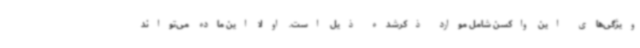
ویژگی‌های این واکسن شامل موارد ذکرشده ذیل است. اولا این ماده می‌تواند